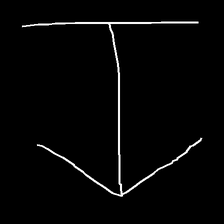
Glyph: levitation